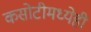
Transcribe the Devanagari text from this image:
कसोटीमध्येही